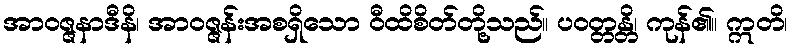
အာဝဇ္ဇနာဒီနိ၊ အာဝဇ္ဇန်းအစရှိသော ဝီထိစိတ်တို့သည်။ ပဝတ္တန္တိ၊ ကုန်၏။ ဣတိ၊